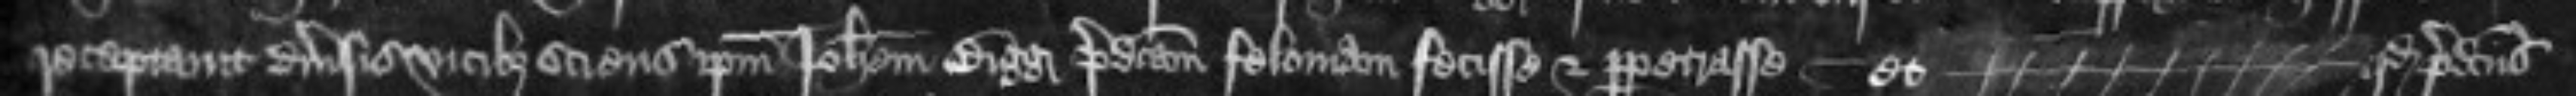
receptauit diuersis vicibus sciens ipsum Johannem Bigg predictam feloniam fecisse et perpetrasse -- et quod predictus